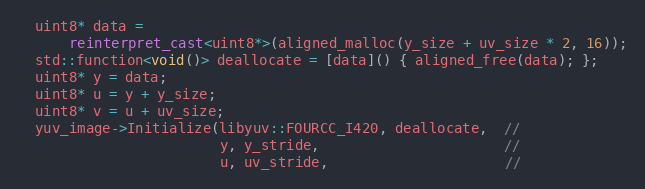
Language: C++
  uint8* data =
      reinterpret_cast<uint8*>(aligned_malloc(y_size + uv_size * 2, 16));
  std::function<void()> deallocate = [data]() { aligned_free(data); };
  uint8* y = data;
  uint8* u = y + y_size;
  uint8* v = u + uv_size;
  yuv_image->Initialize(libyuv::FOURCC_I420, deallocate,  //
                        y, y_stride,                      //
                        u, uv_stride,                     //